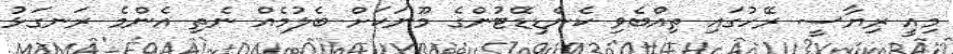
މިއީ ރިޔާސީ ރޭހުގައި ތިއްބެވި ކެންޑިޑޭޓުންގެ މޫނަކަށް ބެލުމެއް ނެތި އެންމެ ރަނގަޅު